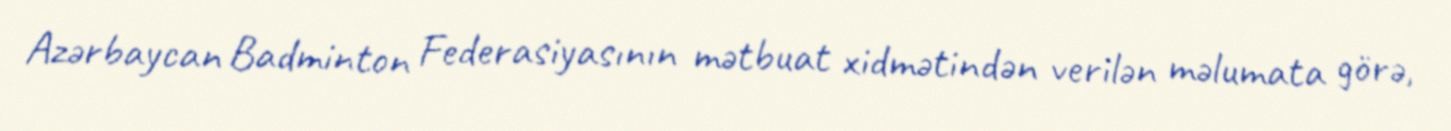
Azərbaycan Badminton Federasiyasının mətbuat xidmətindən verilən məlumata görə,